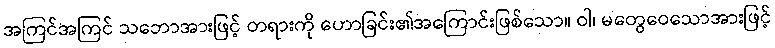
အကြင်အကြင် သဘောအားဖြင့် တရားကို ဟောခြင်း၏အကြောင်းဖြစ်သော။ ဝါ၊ မတွေဝေသောအားဖြင့်